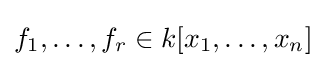
f_{1},\dots ,f_{r}\in k[x_{1},\dots ,x_{n}]